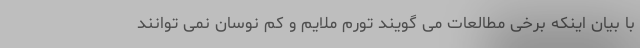
با بیان اینکه برخی مطالعات می گویند تورم ملایم و کم نوسان نمی توانند